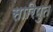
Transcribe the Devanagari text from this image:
सारिपुत